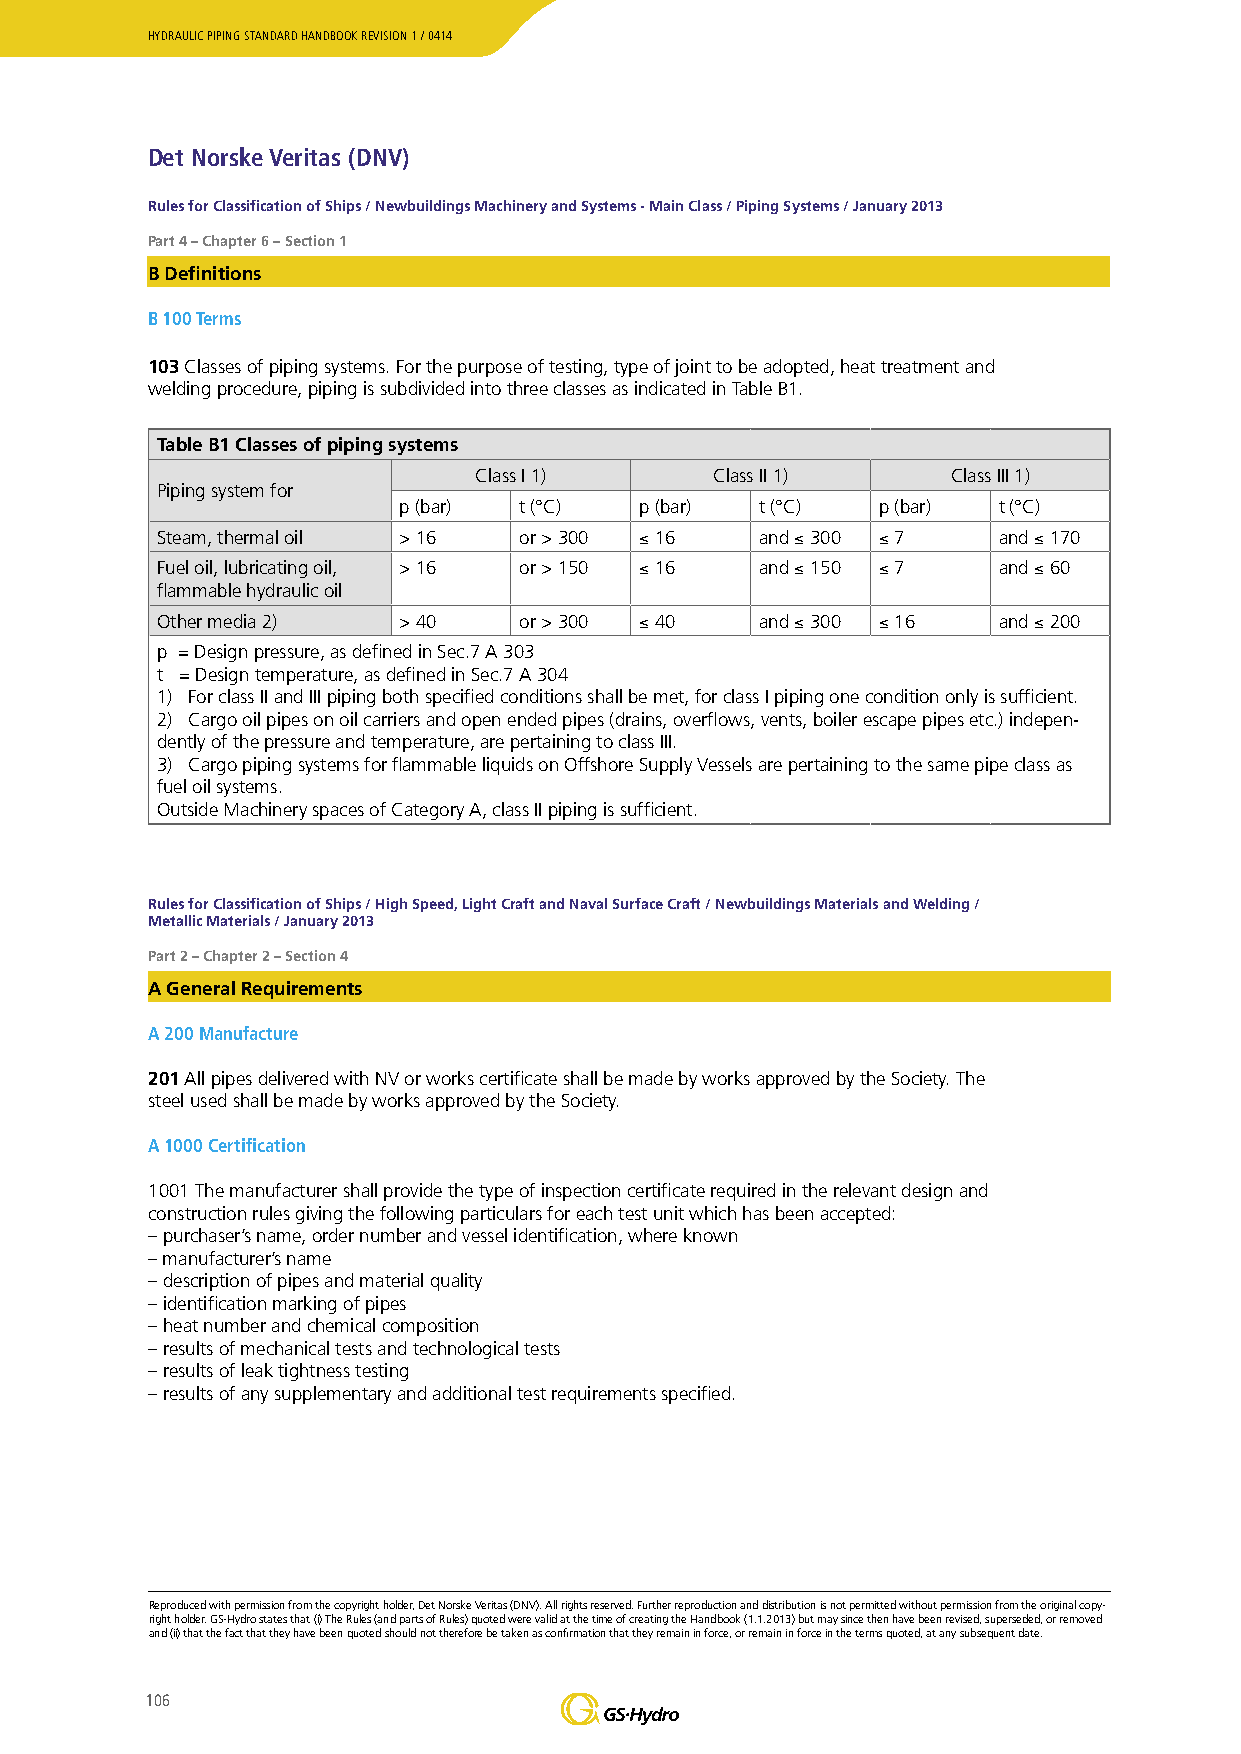
HYDRAULIC PIPING STANDARD HANDBOOK REVISION 1 / 0414
 Det Norske Veritas (DNV)
 Rules for Classification of Ships / Newbuildings Machinery and Systems - Main Class / Piping Systems / January 2013
 Part 4 – Chapter 6 – Section 1
 B Definitions
 B 100 Terms
 103 Classes of piping systems. For the purpose of testing, type of joint to be adopted, heat treatment and
 welding procedure, piping is subdivided into three classes as indicated in Table B1.
 Table B1 Classes of piping systems
 Class I 1)      Class II 1)     Class III 1)
 Piping system for
 p (bar) t (°C)  p (bar) t (°C)  p (bar) t (°C)
 Steam, thermal oil > 16 or > 300 ≤ 16   and ≤ 300 ≤ 7   and ≤ 170
 Fuel oil, lubricating oil, > 16 or > 150 ≤ 16 and ≤ 150 ≤ 7 and ≤ 60
 flammable hydraulic oil
 Other media 2)  > 40    or > 300 ≤ 40   and ≤ 300 ≤ 16  and ≤ 200
 p = Design pressure, as defined in Sec.7 A 303
 t = Design temperature, as defined in Sec.7 A 304
 1) For class II and III piping both specified conditions shall be met, for class I piping one condition only is sufficient.
 2) Cargo oil pipes on oil carriers and open ended pipes (drains, overflows, vents, boiler escape pipes etc.) indepen-
 dently of the pressure and temperature, are pertaining to class III.
 3) Cargo piping systems for flammable liquids on Offshore Supply Vessels are pertaining to the same pipe class as
 fuel oil systems.
 Outside Machinery spaces of Category A, class II piping is sufficient.
 Rules for Classification of Ships / High Speed, Light Craft and Naval Surface Craft / Newbuildings Materials and Welding /
 Metallic Materials / January 2013
 Part 2 – Chapter 2 – Section 4
 A General Requirements
 A 200 Manufacture
 201 All pipes delivered with NV or works certificate shall be made by works approved by the Society. The
 steel used shall be made by works approved by the Society.
 A 1000 Certification
 1001 The manufacturer shall provide the type of inspection certificate required in the relevant design and
 construction rules giving the following particulars for each test unit which has been accepted:
 – purchaser’s name, order number and vessel identification, where known
 – manufacturer’s name
 – description of pipes and material quality
 – identification marking of pipes
 – heat number and chemical composition
 – results of mechanical tests and technological tests
 – results of leak tightness testing
 – results of any supplementary and additional test requirements specified.
 Reproduced with permission from the copyright holder, Det Norske Veritas (DNV). All rights reserved. Further reproduction and distribution is not permitted without permission from the original copy-
 right holder. GS-Hydro states that (i) The Rules (and parts of Rules) quoted were valid at the time of creating the Handbook (1.1.2013) but may since then have been revised, superseded, or removed
 and (ii) that the fact that they have been quoted should not therefore be taken as confirmation that they remain in force, or remain in force in the terms quoted, at any subsequent date.
 106